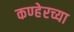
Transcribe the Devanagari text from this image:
कण्हेरच्या